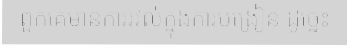
ពួកគេមានការរវល់ក្នុងការបង្រៀន ដូច្នេះ